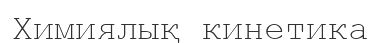
Химиялық кинетика